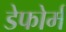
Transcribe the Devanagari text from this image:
डेफोर्म